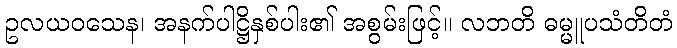
ဥလယဝသေန၊ အနက်ပါဋ္ဌိနှစ်ပါး၏ အစွမ်းဖြင့်။ လဘတိ ဓမ္မူပသံတိတံ